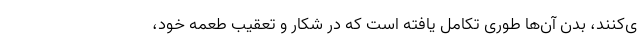
ی‌کنند، بدن آن‌ها طوری تکامل یافته است که در شکار و تعقیب طعمه خود،